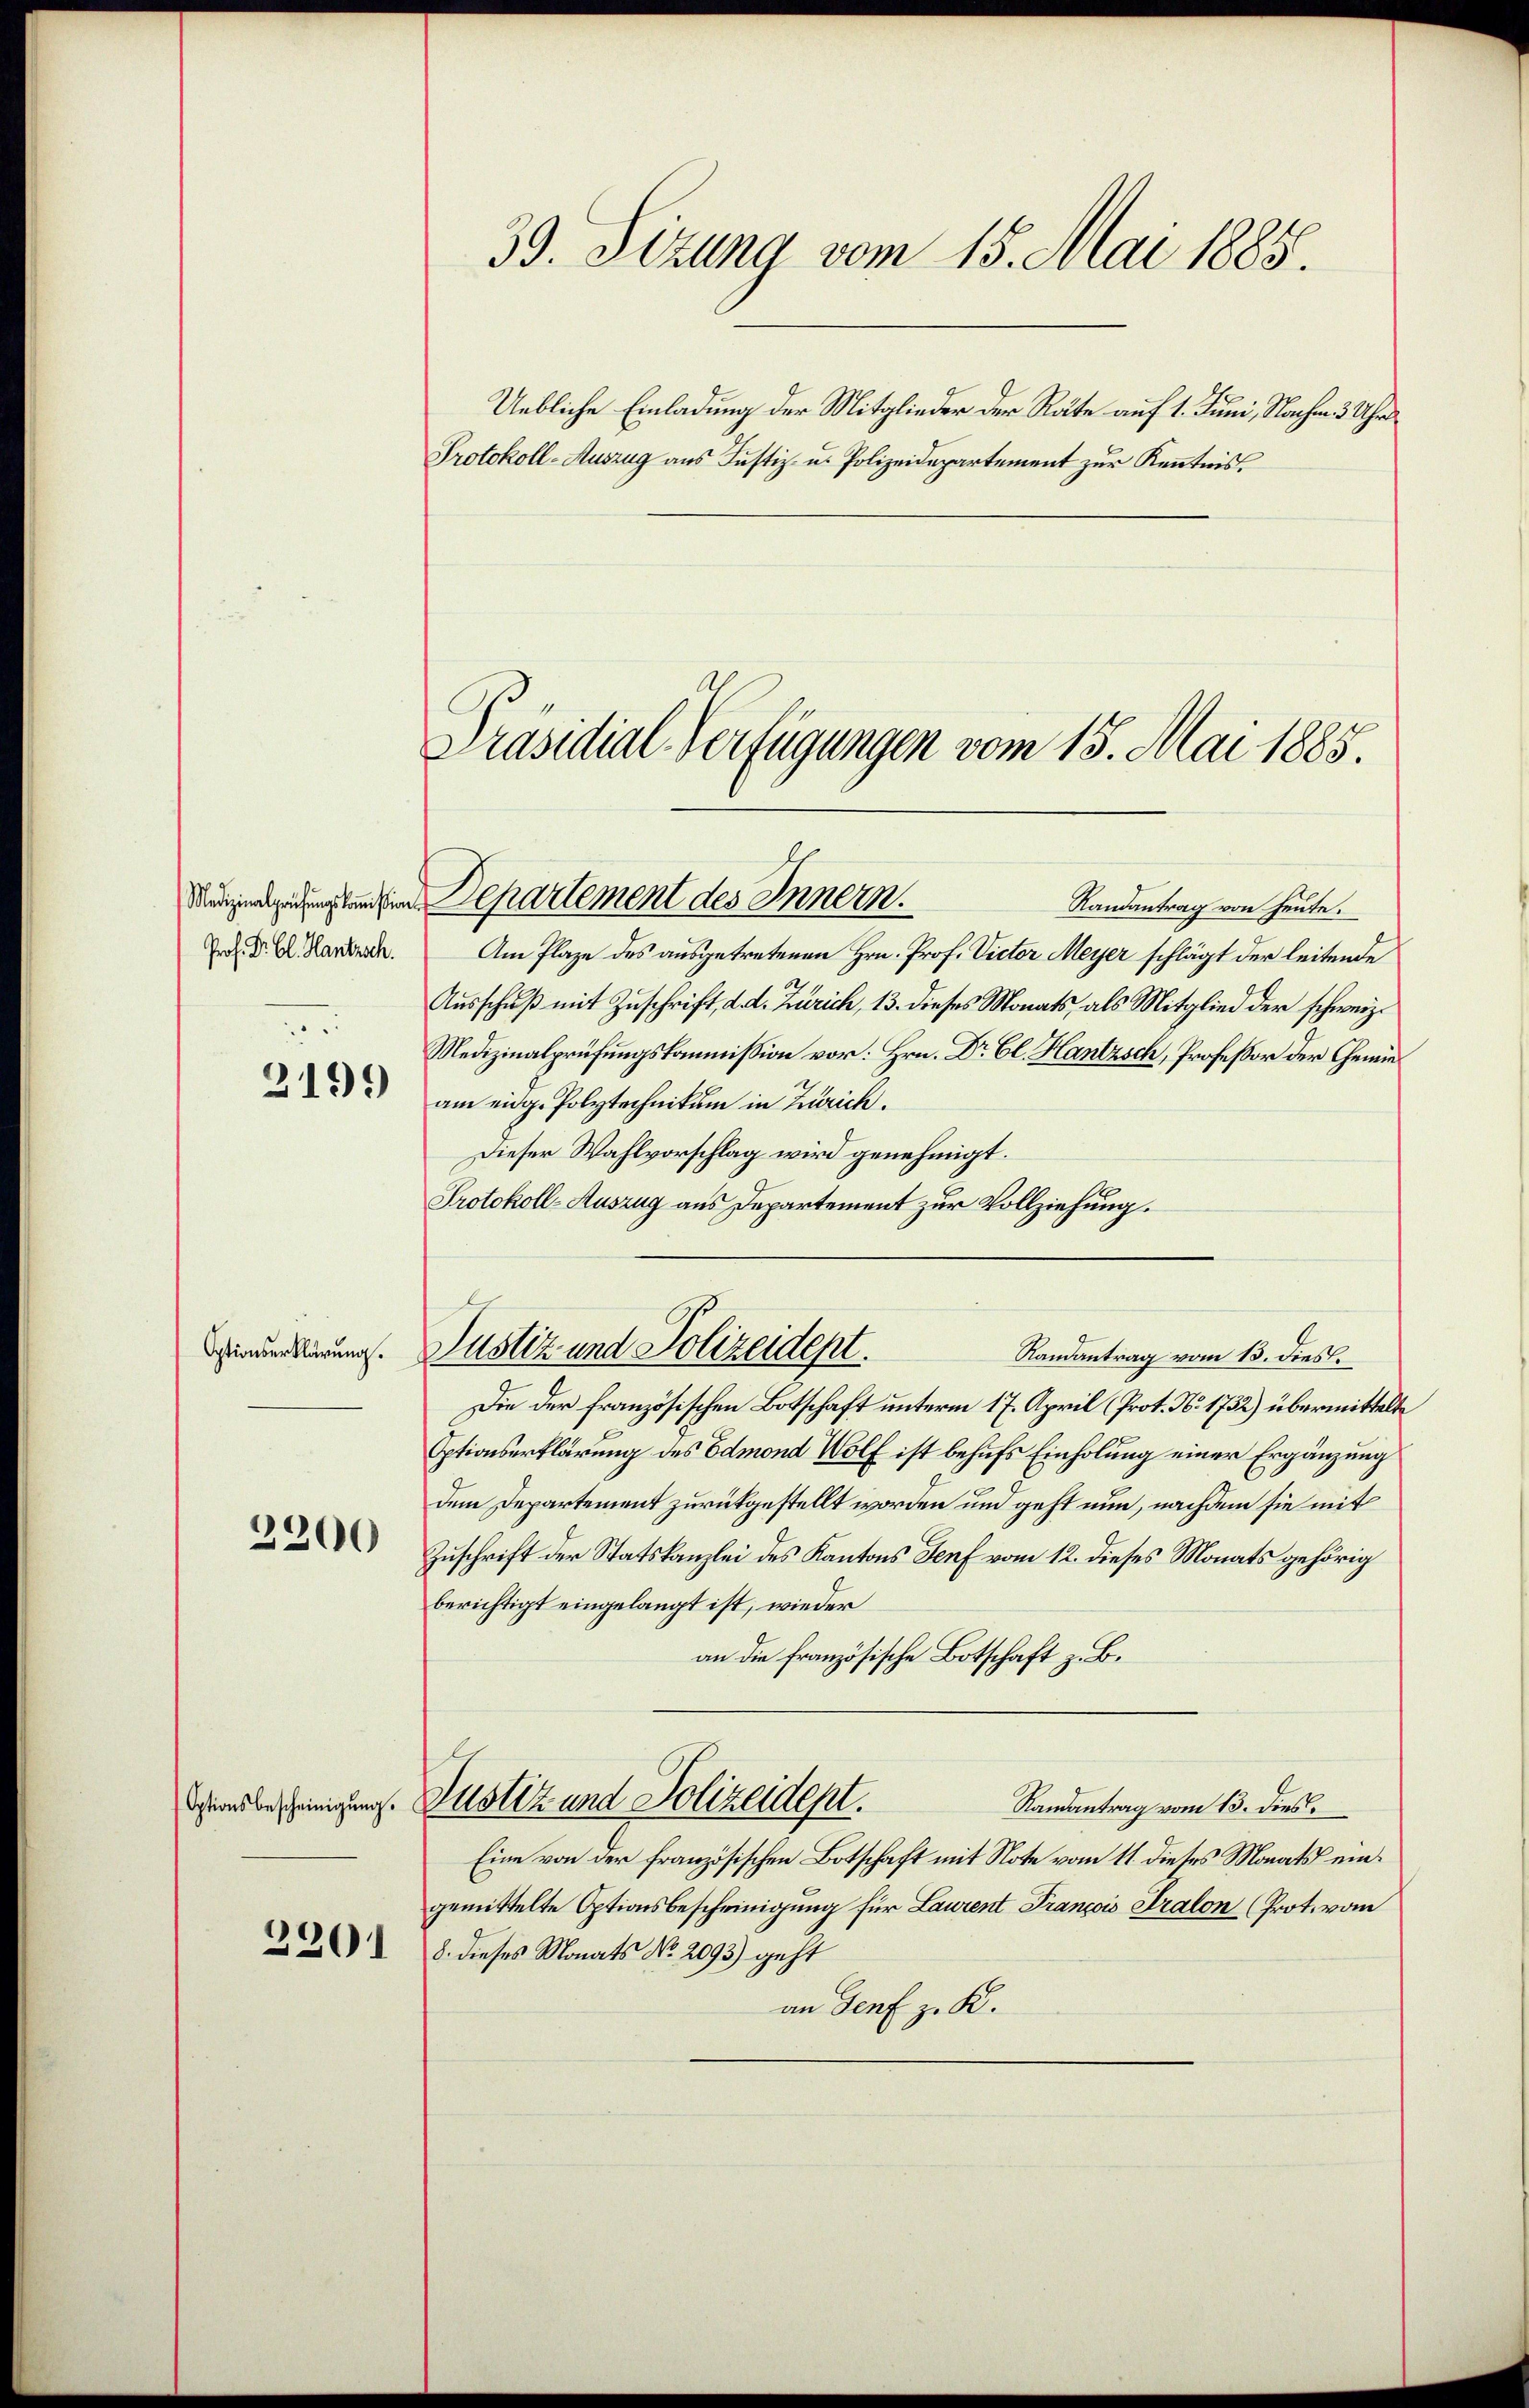
Prof. Dr Cl. Hantrach.
2199

Optionserklärung.

2200

3201

39. Sizung vom 15. Mai 1885.

Uebliche Einladung der Mitglieder der Räte auf 1. Juni, Nachm. 3 Uhr

Maiengedung und in Departement des Innern.
Randantrag von heute.

Am Plaze des ausgetretenen Hrn. Prof. Victor Meyer schlägt der leitende
Ausschuß mit Zuschrift, d. d. Zürich, 13. dieses Monats, als Mitglied der schweiz.
Medizinalprüfungskommission vor: Hrn. Dr. Cl. Hantzsch, Professor der Gemieam eidg. Polytechnikum in Zürich.
Dieser Wahlvorschlag wird genehmigt.
Protokoll-Auszug aus Departement zur Vollziehung.
Randantrag vom 15. dies
Die der französischen Botschaft unterm 17. April (Prot. N. 1732) übermittelte
Optionserklärung des Edmond Wolf ist behufs Einholung einer Ergänzung
dem Departement zurückgestellt worden und geht nun, nachdem sie mit
Zuschrift der Statskanzlei des Kantons Genf vom 12. dieses Monats gehörig
berichtigt eingelangt ist, wieder
an die französische Botschaft z. B.
dglandes einigung. Allotiz und Polizeident.
Randantrag vom 13. dies
Eine von der französischen Botschaft mit Note vom 11. dieses Monats eingemittelte Optionsbescheinigung für Laurent François Tralon (Prot. vom
8. dieses Monats No. 2093) geht
an Genf z. K.

Justiz und Polizeidept.

Protokoll-Auszug aus Justiz- u. Polizeidepartement zur Kenntniss

Präsidial-Verfügungen vom 15. Mai 1885.